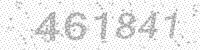
Solution: 461841